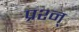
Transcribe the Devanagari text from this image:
प्रश्न्